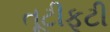
તૂટીફૂટી